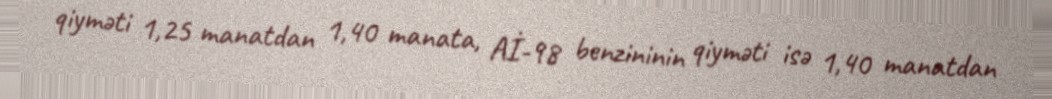
qiyməti 1,25 manatdan 1,40 manata, Aİ-98 benzininin qiyməti isə 1,40 manatdan